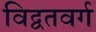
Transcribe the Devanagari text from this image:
विद्वतवर्ग